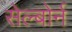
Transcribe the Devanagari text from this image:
सेल्बोर्न